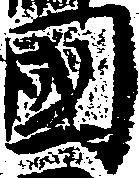
国